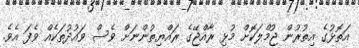
އަތޮޅުގެ އިތުރުން ޖުމްލަކޮށް މުޅި ރާއްޖޭގެ ރައްޔިތުންނަށް ވެސް ވައުދުތަކެއް ވެފަ އެވެ.